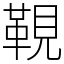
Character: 䩤